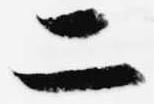
二